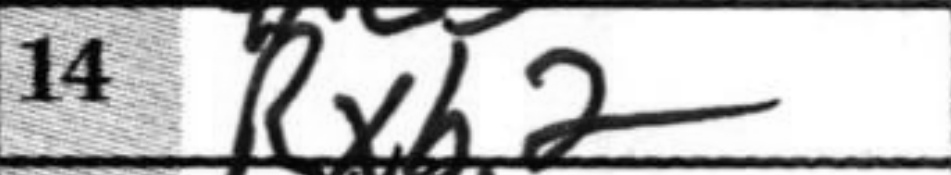
Transcription: Rxb2